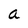
Character: a